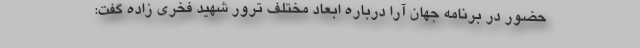
حضور در برنامه جهان آرا درباره ابعاد مختلف ترور شهید فخری زاده گفت: